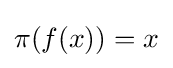
\pi (f(x))=x